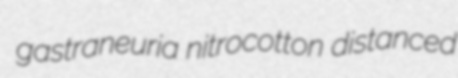
gastraneuria nitrocotton distanced